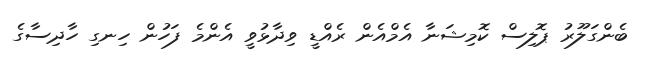
ބެންގަލޫރު ޕޮލިސް ކޮމިޝަނާ އެމްއެން ރެއްޑީ ވިދާޅުވީ އެންމެ ފަހުން ހިނގި ހާދިސާގެ